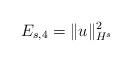
LaTeX: \begin{align*} E_{s,4} = \| u\|_{H^s}^2\end{align*}